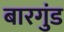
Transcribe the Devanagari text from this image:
बारगुंड